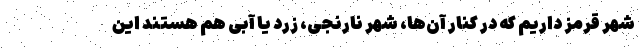
شهر قرمز داریم که در کنار آن‌ها، شهر نارنجی، زرد یا آبی هم هستند این